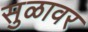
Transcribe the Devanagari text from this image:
सुळावर